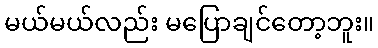
မယ်မယ်လည်း မပြောချင်တော့ဘူး။